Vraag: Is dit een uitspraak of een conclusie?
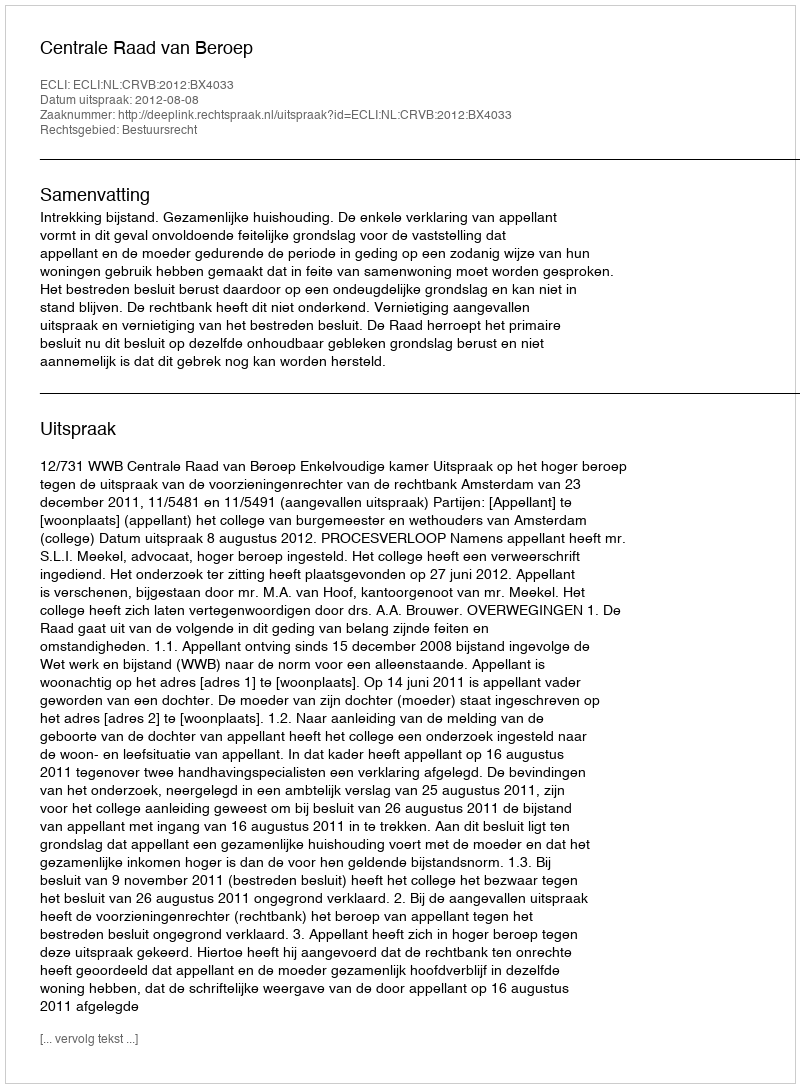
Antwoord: Uitspraak